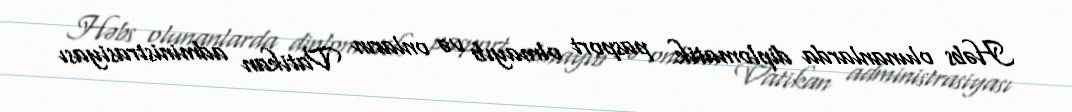
Həbs olunanlarda diplomatik pasport olmayıb və onların Vatikan administrasiyası